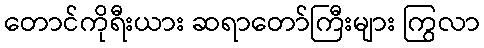
တောင်ကိုရီးယား ဆရာတော်ကြီးများ ကြွလာ